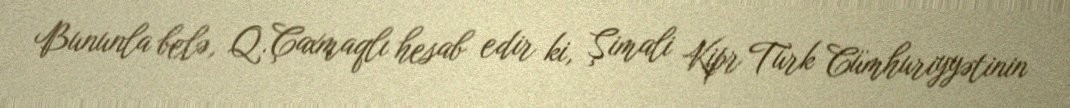
Bununla belə, Q.Çaxmaqlı hesab edir ki, Şimali Kipr Türk Cümhuriyyətinin